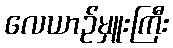
လေယာဉ်မှူးကြီး